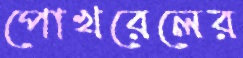
পোখরেলের